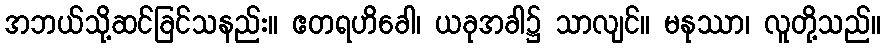
အဘယ်သို့ဆင်ခြင်သနည်း။ ဧတရဟိခေါ၊ ယခုအခါ၌ သာလျင်။ မနုဿာ၊ လူတို့သည်။